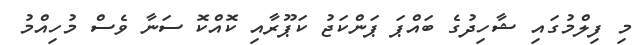
މި ފިލްމުގައި ޝާހިދުގެ ބައްޕަ ޕަންކަޖު ކަޕޫރާއި ކޮއްކޮ ސަނާ ވެސް މުހިއްމު